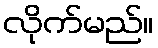
လိုက်မည်။